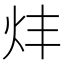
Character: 炐